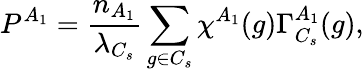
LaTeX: P^{A_{1}}=\frac{n_{A_{1}}}{\lambda_{C_{s}}}\sum_{g\in C_{s}}\chi^{A_{1}}(g)\Gamma_{C_{s}}^{A_{1}}(g),